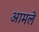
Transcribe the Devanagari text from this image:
आमले